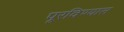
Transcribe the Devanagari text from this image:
पूरविण्यास